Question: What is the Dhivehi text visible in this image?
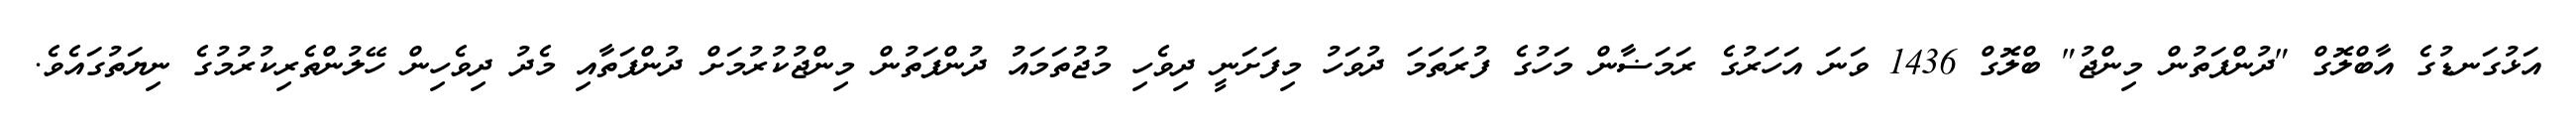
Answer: އަޅުގަނޑުގެ އާބްލޮގް "ދުންފަތުން މިންޖު" ބްލޮގް 1436 ވަނަ އަހަރުގެ ރަމަޟާން މަހުގެ ފުރަތަމަ ދުވަހު މިފަށަނީ ދިވެހި މުޖުތަމައު ދުންފަތުން މިންޖުކުރުމަށް ދުންފަތާއި މެދު ދިވެހިން ހޭލުންތެރިކުރުމުގެ ނިޔަތުގައެވެ.